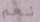
نعم